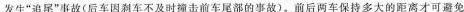
发生”追尾”事故(后车因刹车不及时撞击前车尾部的事故)。前后两车保持多大的距离才可避免